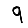
Digit: 9